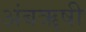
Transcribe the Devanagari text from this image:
अंबॠषी